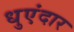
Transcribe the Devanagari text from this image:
धुएंदार